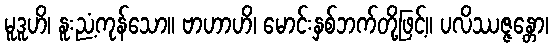
မူဒူဟိ၊ နူးညံ့ကုန်သော။ ဗာဟာဟိ၊ မောင်းနှစ်ဘက်တို့ဖြင့်။ ပလိဿဇ္ဇန္တော၊